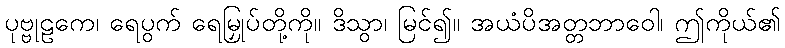
ပုဗ္ဗုဠကေ၊ ရေပွက် ရေမြှုပ်တို့ကို။ ဒိသွာ၊ မြင်၍။ အယံပိအတ္တဘာဝေါ၊ ဤကိုယ်၏